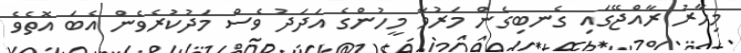
މިހާރު ރާއްޖޭގައި ގެނބިގެން މަރުވާ މީހުންގެ އަދަދު ވެސް މަދުކުރެވެން އެބަ އޮތެވެ